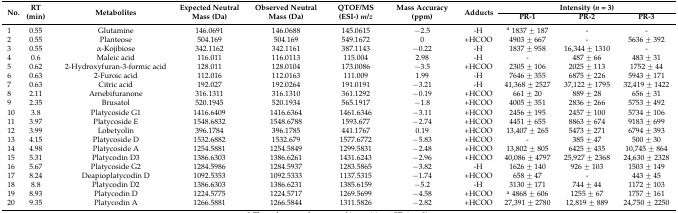
<table><thead><tr><td rowspan="2"><b>No.</b></td><td rowspan="2"><b>RT (min)</b></td><td rowspan="2"><b>Metabolites</b></td><td rowspan="2"><b>Expected Neutral Mass (Da)</b></td><td rowspan="2"><b>Observed Neutral Mass (Da)</b></td><td rowspan="2"><b>QTOF/MS (ESI-) <i>m/z</i></b></td><td rowspan="2"><b>Mass Accuracy (ppm)</b></td><td rowspan="2"><b>Adducts</b></td><td colspan="3"><b>Intensity (<i>n</i> = 3)</b></td></tr><tr><td><b>PR-1</b></td><td><b>PR-2</b></td><td><b>PR-3</b></td></tr></thead><tbody><tr><td>1</td><td>0.55</td><td>Glutamine</td><td>146.0691</td><td>146.0688</td><td>145.0615</td><td>−2.5</td><td>-H</td><td><sup>a</sup> 1837 ± 187</td><td>-</td><td>-</td></tr><tr><td>2</td><td>0.55</td><td>Planteose</td><td>504.169</td><td>504.169</td><td>549.1672</td><td>0</td><td>+HCOO</td><td>4903 ± 667</td><td>-</td><td>5636 ± 392</td></tr><tr><td>3</td><td>0.55</td><td>α-Kojibiose</td><td>342.1162</td><td>342.1161</td><td>387.1143</td><td>−0.22</td><td>-H</td><td>1837 ± 958</td><td>16,344 ± 1310</td><td>-</td></tr><tr><td>4</td><td>0.6</td><td>Maleic acid</td><td>116.011</td><td>116.0113</td><td>115.004</td><td>2.98</td><td>-H</td><td>-</td><td>487 ± 66</td><td>483 ± 31</td></tr><tr><td>5</td><td>0.62</td><td>2-Hydroxyfuran-3-formic acid</td><td>128.011</td><td>128.0104</td><td>173.0086</td><td>−3.5</td><td>+HCOO</td><td>2305 ± 106</td><td>2025 ± 113</td><td>1752 ± 44</td></tr><tr><td>6</td><td>0.63</td><td>2-Furoic acid</td><td>112.016</td><td>112.0163</td><td>111.009</td><td>1.99</td><td>-H</td><td>7646 ± 355</td><td>6875 ± 226</td><td>5943 ± 171</td></tr><tr><td>7</td><td>0.63</td><td>Citric acid</td><td>192.027</td><td>192.0264</td><td>191.0191</td><td>−3.21</td><td>-H</td><td>41,368 ± 2527</td><td>37,122 ± 1795</td><td>32,419 ± 1422</td></tr><tr><td>8</td><td>2.11</td><td>Arnebifuranone</td><td>316.1311</td><td>316.1310</td><td>361.1292</td><td>−0.19</td><td>+HCOO</td><td>661 ± 20</td><td>889 ± 28</td><td>656 ± 31</td></tr><tr><td>9</td><td>2.35</td><td>Brusatol</td><td>520.1945</td><td>520.1934</td><td>565.1917</td><td>−1.8</td><td>+HCOO</td><td>4005 ± 351</td><td>2836 ± 266</td><td>5753 ± 492</td></tr><tr><td>10</td><td>3.8</td><td>Platycoside G1</td><td>1416.6409</td><td>1416.6364</td><td>1461.6346</td><td>−3.11</td><td>+HCOO</td><td>2456 ± 195</td><td>2457 ± 100</td><td>5734 ± 106</td></tr><tr><td>11</td><td>3.97</td><td>Platycoside E</td><td>1548.6832</td><td>1548.6788</td><td>1593.677</td><td>−2.74</td><td>+HCOO</td><td>4451 ± 655</td><td>8863 ± 674</td><td>9183 ± 699</td></tr><tr><td>12</td><td>3.99</td><td>Lobetyolin</td><td>396.1784</td><td>396.1785</td><td>441.1767</td><td>0.19</td><td>+HCOO</td><td>13,407 ± 265</td><td>5473 ± 271</td><td>6794 ± 393</td></tr><tr><td>13</td><td>4.15</td><td>Platycoside D</td><td>1532.6882</td><td>1532.679</td><td>1577.6772</td><td>−5.83</td><td>+HCOO</td><td>-</td><td>385 ± 47</td><td>500 ± 30</td></tr><tr><td>14</td><td>4.98</td><td>Platycoside A</td><td>1254.5881</td><td>1254.5849</td><td>1299.5831</td><td>−2.48</td><td>+HCOO</td><td>13,802 ± 805</td><td>6425 ± 435</td><td>10,745 ± 864</td></tr><tr><td>15</td><td>5.31</td><td>Platycodin D3</td><td>1386.6303</td><td>1386.6261</td><td>1431.6243</td><td>−2.96</td><td>+HCOO</td><td>40,086 ± 4797</td><td>25,927 ± 2368</td><td>24,630 ± 2328</td></tr><tr><td>16</td><td>5.67</td><td>Platycoside G2</td><td>1284.5986</td><td>1284.5937</td><td>1283.5865</td><td>−3.82</td><td>-H</td><td>1626 ± 140</td><td>926 ± 103</td><td>1503 ± 149</td></tr><tr><td>17</td><td>8.24</td><td>Deapioplatycodin D</td><td>1092.5353</td><td>1092.5333</td><td>1137.5315</td><td>−1.74</td><td>+HCOO</td><td>658 ± 47</td><td>-</td><td>443 ± 45</td></tr><tr><td>18</td><td>8.8</td><td>Platycodin D2</td><td>1386.6303</td><td>1386.6231</td><td>1385.6159</td><td>−5.2</td><td>-H</td><td>3130 ± 171</td><td>744 ± 44</td><td>1172 ± 103</td></tr><tr><td>19</td><td>8.93</td><td>Platycodin D</td><td>1224.5775</td><td>1224.5717</td><td>1269.5699</td><td>−4.58</td><td>+HCOO</td><td><sup>a</sup> 4868 ± 606</td><td>1255 ± 67</td><td>1757 ± 161</td></tr><tr><td>20</td><td>9.35</td><td>Platycodin A</td><td>1266.5881</td><td>1266.5844</td><td>1311.5826</td><td>−2.82</td><td>+HCOO</td><td>27,391 ± 2780</td><td>12,819 ± 889</td><td>24,750 ± 2250</td></tr></tbody></table>